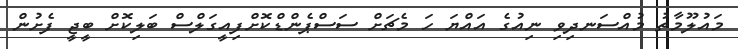
މައުލޫމާތު މުއްސަނދިވި ނިއުގެ އައްޔަ ހަ މެޗަށް ސަސްޕެންޑްކޮށްފިއީގަލްސް ބަލިކޮށް ބީޖީ ފެށުން